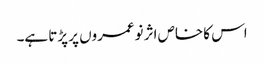
اس کا خاص اثر نوعمروں پر پڑتا ہے۔